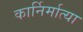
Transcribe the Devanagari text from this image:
कार्निर्मात्या